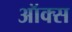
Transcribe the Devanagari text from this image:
ऑक्‍स